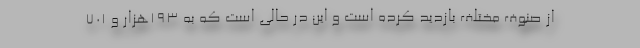
از صنوف مختلف بازدید کرده است و این در حالی است که به ۱۹۳هزار و ۷۰۱